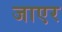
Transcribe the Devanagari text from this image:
जाएर